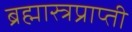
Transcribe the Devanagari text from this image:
ब्रह्मास्त्रप्राप्ती